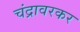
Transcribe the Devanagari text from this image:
चंद्रावरकर